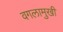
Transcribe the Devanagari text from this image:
वगलामुखी